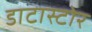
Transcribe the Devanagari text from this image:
डाटास्टोर